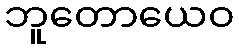
ဘူတောယေဝ